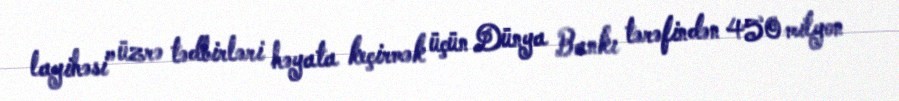
layihəsi” üzrə tədbirləri həyata keçirmək üçün Dünya Bankı tərəfindən 450 milyon